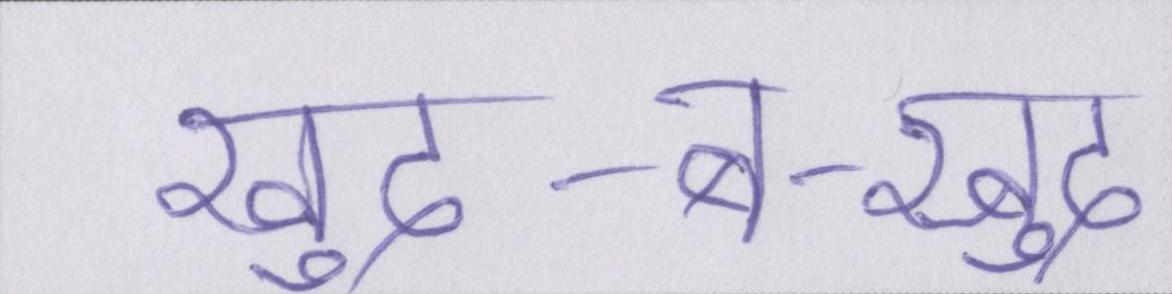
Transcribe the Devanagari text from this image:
खुद-ब-खुद